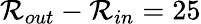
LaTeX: \mathcal{R}_{out}-\mathcal{R}_{in}=25